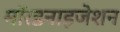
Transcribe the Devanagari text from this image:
मॉरडनाइजेशन